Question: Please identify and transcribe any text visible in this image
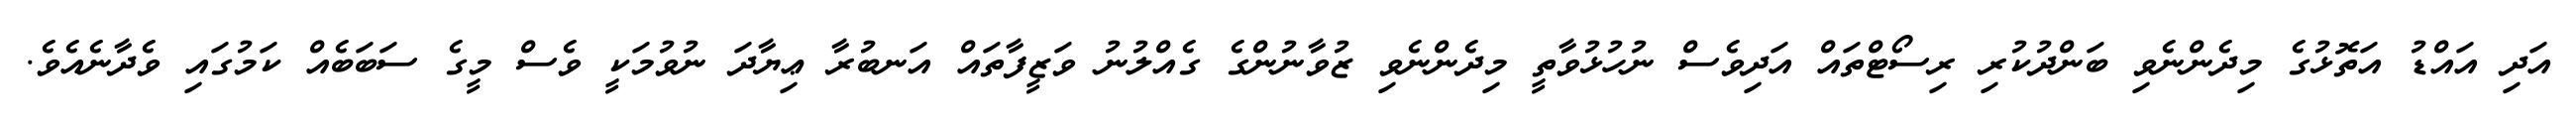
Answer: އަދި އައްޑު އަތޮޅުގެ މިދެންނެވި ބަންދުކުރި ރިސޯޓްތައް އަދިވެސް ނުހުޅުވާތީ މިދެންނެވި ޒުވާނުންގެ ގެއްލުނު ވަޒީފާތައް އަނބުރާ ޢިޔާދަ ނުވުމަކީ ވެސް މީގެ ސަބަބެއް ކަމުގައި ވެދާނެއެވެ.